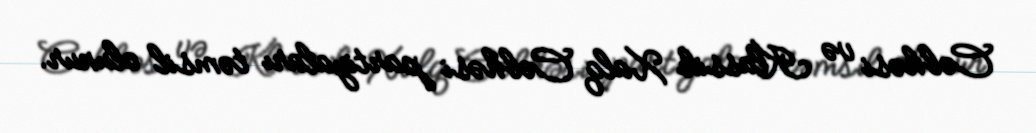
Cəbhəsi və Klassik Xalq Cəbhəsi partiyaları təmsil olunur.